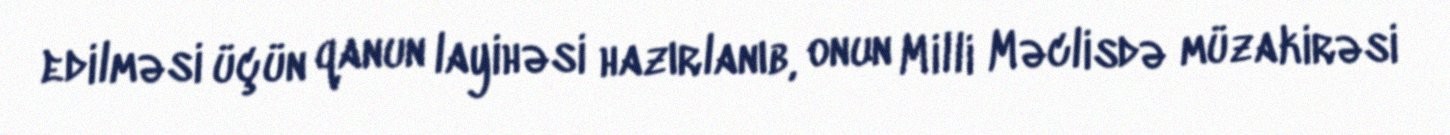
edilməsi üçün qanun layihəsi hazırlanıb, onun Milli Məclisdə müzakirəsi